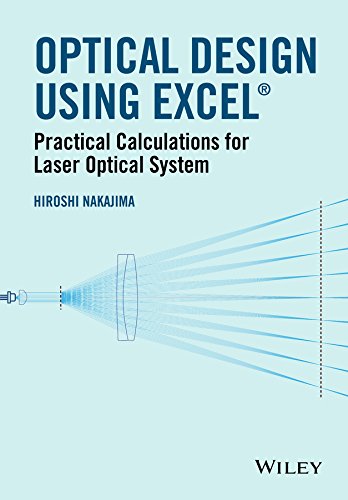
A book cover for Optical Design Using Excel: Practical Calculations for Laser Optical Systems; Hiroshi Nakajima; Science & Math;